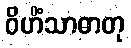
ဝိဟိံသာဓာတု